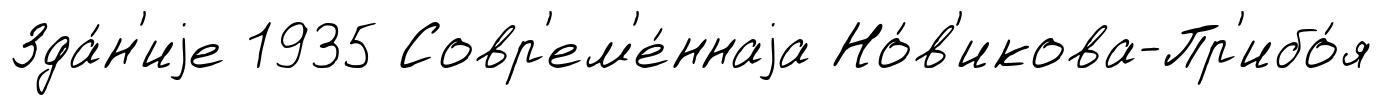
Зда́н'иjе 1935 Совр'ем'е́ннаjа Но́в'икова-Пр'ибо́я